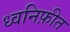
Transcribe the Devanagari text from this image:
ध्वनिफ़ीत